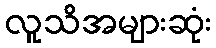
လူသိအများဆုံး